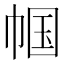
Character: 帼